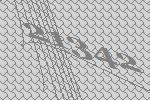
21342